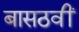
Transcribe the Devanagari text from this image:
बासठवीं